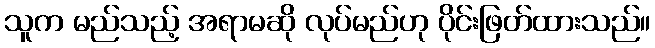
သူက မည်သည့် အရာမဆို လုပ်မည်ဟု ပိုင်းဖြတ်ထားသည်။